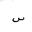
Letter: _sin